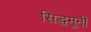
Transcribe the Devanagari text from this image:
सिद्धमुनी